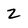
Character: 2